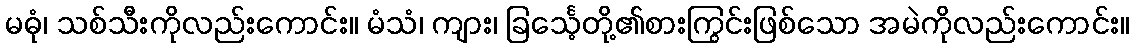
မဓုံ၊ သစ်သီးကိုလည်းကောင်း။ မံသံ၊ ကျား၊ ခြင်္သေ့တို့၏စားကြွင်းဖြစ်သော အမဲကိုလည်းကောင်း။